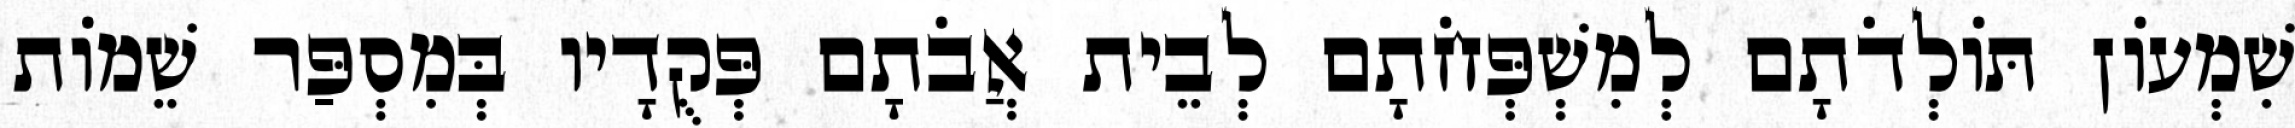
שִׁמְעוֹן תּוֹלְדֹתָם לְמִשְׁפְּחֹתָם לְבֵית אֲבֹתָם פְּקֻדָיו בְּמִסְפַּר שֵׁמוֹת